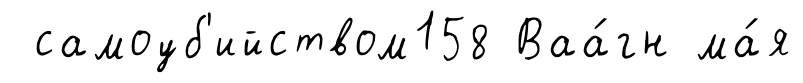
самоуб'ийством158 Ваа́гн ма́я